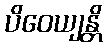
ပိဝေယျန္တိ